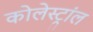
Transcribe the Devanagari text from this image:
कोलेस्ट्रांल